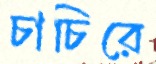
চাচিরে